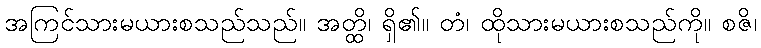
အကြင်သားမယားစသည်သည်။ အတ္ထိ၊ ရှိ၏။ တံ၊ ထိုသားမယားစသည်ကို။ စဇိ၊